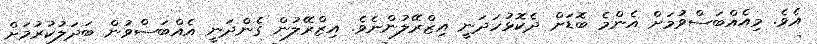
އެވެ. މިއެއްބަސްވުމަށް އެންމެ ބޮޑަށް ދެކޮޅުހަދަނީ އިޒްރޭލުންނެވެ. އިޒްރޭލުން ގެންދަނީ އެއްބަސްވުން ބަދަލުކުރުމަށް